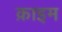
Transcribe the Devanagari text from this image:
क़ाइम